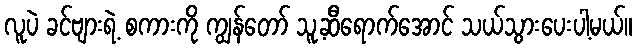
လူပဲ ခင်ဗျားရဲ့ စကားကို ကျွန်တော် သူ့ဆီရောက်အောင် သယ်သွားပေးပါ့မယ်။